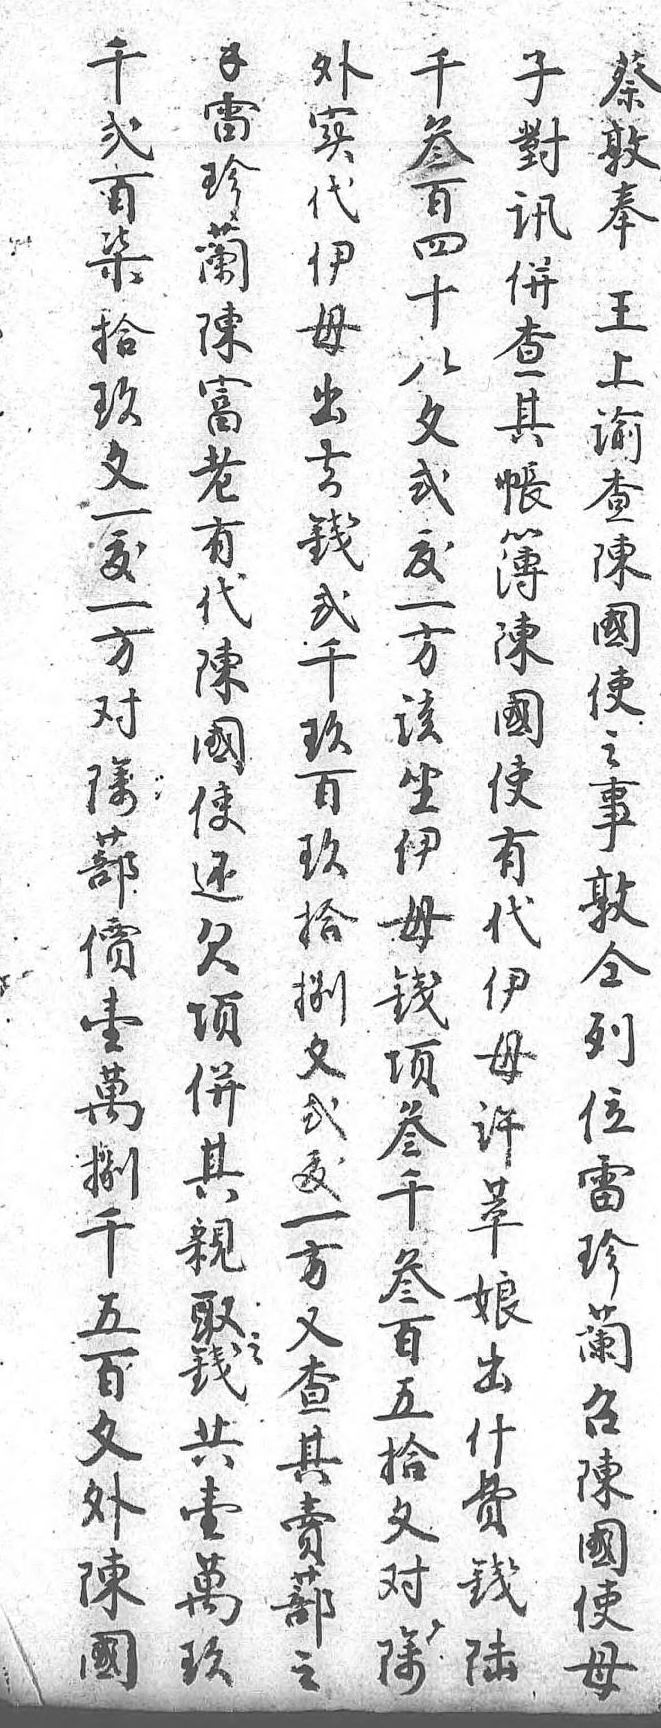
千錢蔡外千子貳雷敦實叁對百珍奉代百訊柒蘭 伊四並拾陳王母十查玖富上出八其文老諭去文帳一有查錢貳簿鲅代陳貳一陳一陳國千方國方國使玖該使對使之百坐有除還事玖伊代蔀欠敦拾母伊價項同捌錢母壹並列文項許萬其位貳叁萃捌親雷鈸千娘千取珍一叁出五之蘭方百什百錢召又五費文共陳查拾錢外壹國其文陸陳萬使賣對 國玖母蔀除    之